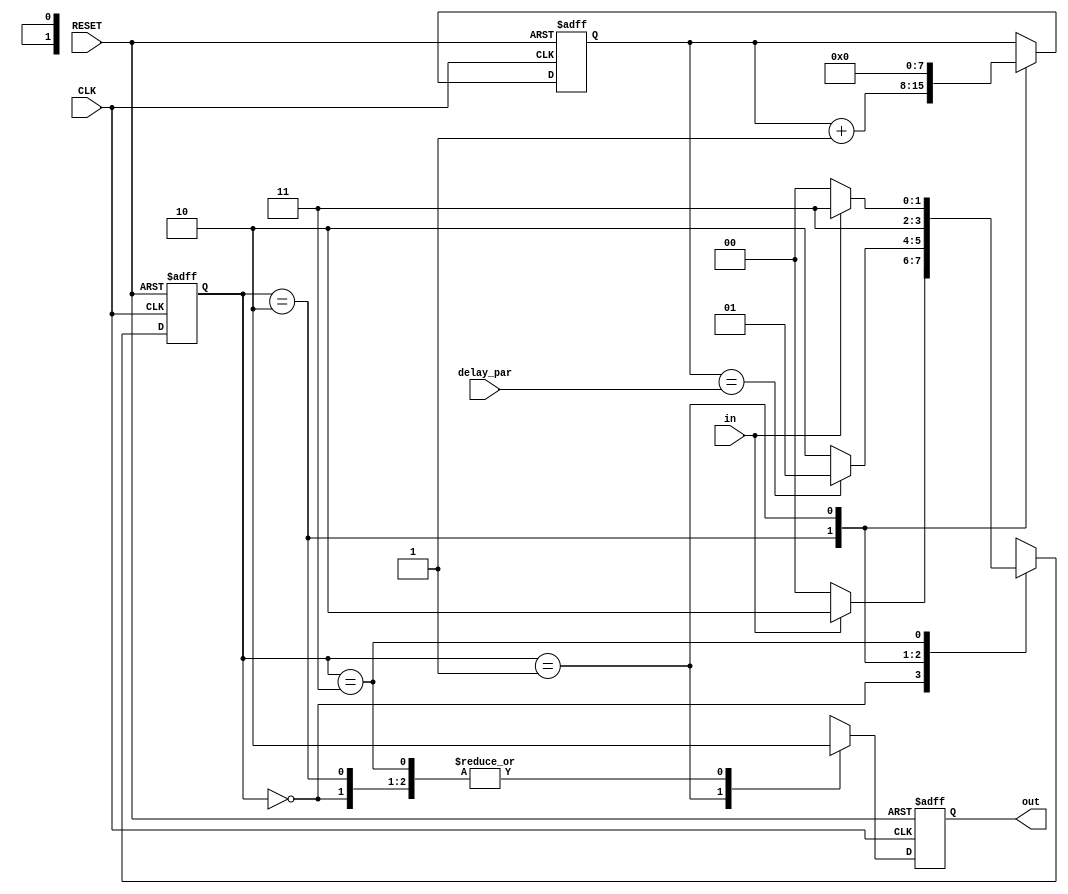
`timescale 1ns / 1ps
//////////////////////////////////////////////////////////////////////////////////
// Company: 
// Engineer: 
// 
// Design Name: 
// Module Name: SignalDelay
// Project Name: 
// Target Devices: 
// Tool Versions: 
// Description: 
// 
// Dependencies: 
// 
// Revision:
// Revision 0.01 - File Created
// Additional Comments:
// 
//////////////////////////////////////////////////////////////////////////////////


module SignalDelay(
    input  wire CLK   ,
    input  wire RESET ,
    input  wire in    ,
    input wire [7:0] delay_par,
    output reg  out   = 0
    );
    
    reg [7:0] delay_cnt = 0;
//    parameter delay_par = 4'b1111;
    
    reg [1:0] state ;
    parameter  IDLE = 2'b00, DELAY = 2'b10 , PULSE = 2'b01, WAIT = 2'b11 ; 
    
always@( posedge CLK, posedge RESET)
    begin
        if(RESET)
            begin
                out <= 0;
                delay_cnt <= 0;
                state <= WAIT ;
            end
        else
            begin
                case(state)
                    IDLE:
                        begin
                            if(in)
                                state <= DELAY;
                            else
                                state <= IDLE;
                                
                            out <= 1'b0;
                        end
                    DELAY:
                        begin
                            delay_cnt <= delay_cnt + 1; 
                            out <= 1'b0;
                            if(delay_cnt==delay_par)
                                state <= PULSE;
                            else
                                state <= DELAY;
                        end
                    PULSE:
                        begin
                            state <= WAIT;
                            delay_cnt <= 0;
                            out <= 1'b1;
                        end                
                    WAIT:
                        begin
                            if(in)
                                state <= WAIT;
                            else
                                state <= IDLE;
                                
                            out <= 1'b0;
                        end                
                    default:
                        begin
                            state <= IDLE;
                            out <= 1'b0;
                        end         
                endcase
            end
    end
endmodule